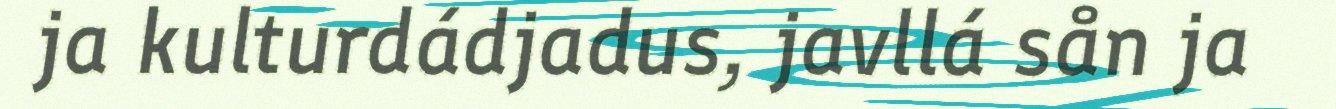
ja kulturdádjadus, javllá sån ja